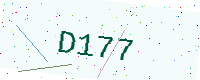
Text: D177